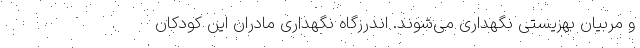
و مربیان بهزیستی نگهداری می‌شوند. اندرزگاه نگهداری مادران این کودکان